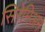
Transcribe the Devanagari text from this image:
सिरेमिअन